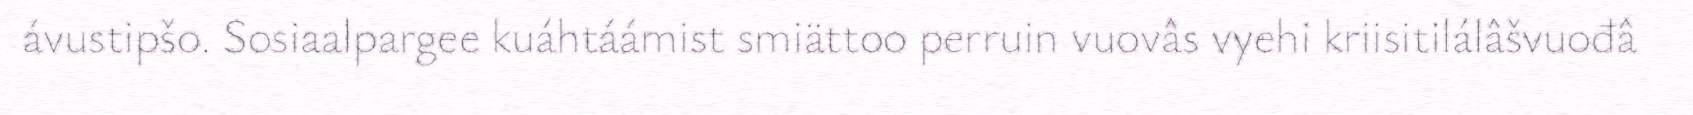
ávustipšo. Sosiaalpargee kuáhtáámist smiättoo perruin vuovâs vyehi kriisitilálâšvuođâ